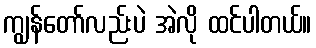
ကျွန်တော်လည်းပဲ အဲလို ထင်ပါတယ်။